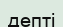
депті